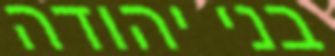
בני יהודה